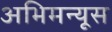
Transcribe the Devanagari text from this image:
अभिमन्यूस